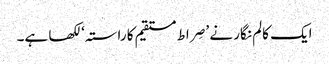
ایک کالم نگار نے ’صِراط مستقیم کا راستہ‘ لکھا ہے۔